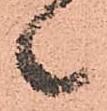
々